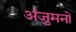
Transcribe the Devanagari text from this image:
अंजुमनों